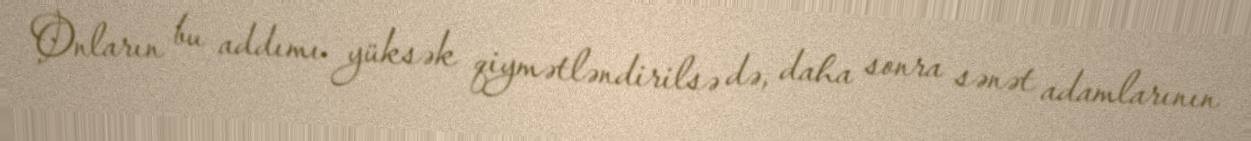
Onların bu addımı yüksək qiymətləndirilsə də, daha sonra sənət adamlarının